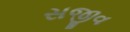
સજીવ